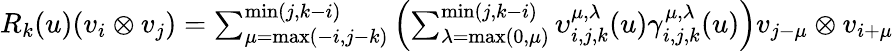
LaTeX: \begin{array}{r}{R_{k}(u)(v_{i}\otimes v_{j})=\sum_{\mu=\operatorname*{max}(-i,j-k)}^{\operatorname*{min}(j,k-i)}\left(\sum_{\lambda=\operatorname*{max}(0,\mu)}^{\operatorname*{min}(j,k-i)}\upsilon_{i,j,k}^{\mu,\lambda}(u)\gamma_{i,j,k}^{\mu,\lambda}(u)\right)v_{j-\mu}\otimes v_{i+\mu}}\end{array}